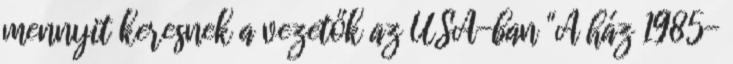
mennyit keresnek a vezetők az USA-ban "A ház 1985-